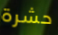
حشرة